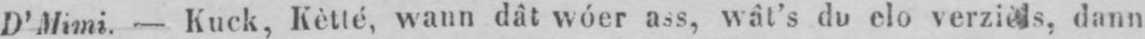
dann